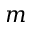
m